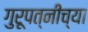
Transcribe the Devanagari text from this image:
गुरूपत्नीच्या